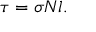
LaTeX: \tau = \sigma N l .